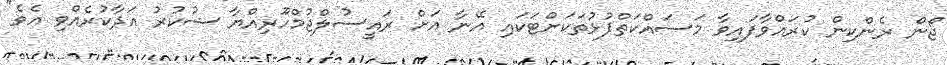
ޖޯން ރެންކިން ކުރައްވާފައިވާ މަސައްކަތްޕުޅުތަކަށްޓަކައި އޭނާ އަށް ރައީސުލްޖުމްހޫރިއްޔާ ޝުކުރު އަދާކުރެއްވި އެވެ"